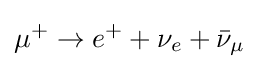
\mu ^{+}\to e^{+}+\nu _{e}+{\bar {\nu }}_{\mu }